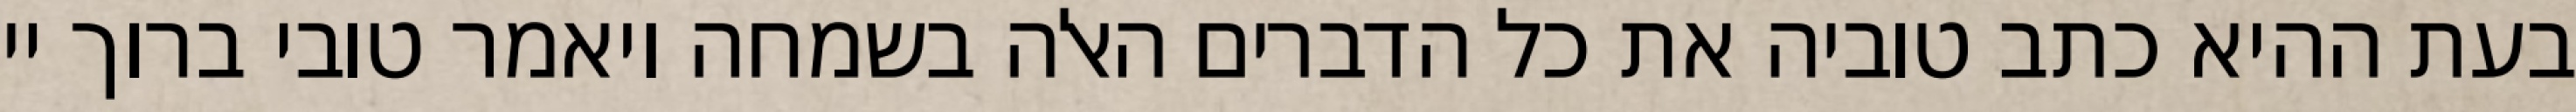
בעת ההיא כתב טוביה את כל הדברים האלה בשמחה ויאמר טובי ברוך יי